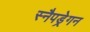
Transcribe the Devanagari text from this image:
स्नैपड्रेगन